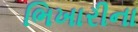
ભિખારીના